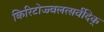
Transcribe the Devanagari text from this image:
किरिटोज्ज्वलत्सर्वदिक्‌